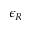
\epsilon _ { R }